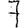
Digit: 7